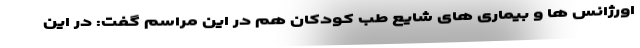
اورژانس ها و بیماری های شایع طب کودکان هم در این مراسم گفت: در این